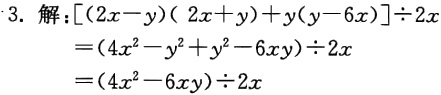
\[

\begin{align*}

&解:[(2x - y)(2x + y)+y(y - 6x)]\div2x\\

=&(4x^{2}-y^{2}+y^{2}-6xy)\div2x\\

=&(4x^{2}-6xy)\div2x

\end{align*}

\]